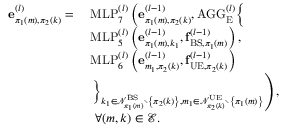
\begin{array} { r l } { \mathbf { e } _ { \pi _ { 1 } ( m ) , \pi _ { 2 } ( k ) } ^ { ( l ) } = ~ } & { \mathrm { M L P } _ { 7 } ^ { ( l ) } \left( \mathbf { e } _ { \pi _ { 1 } ( m ) , \pi _ { 2 } ( k ) } ^ { ( l - 1 ) } , \mathrm { A G G } _ { \mathrm { E } } ^ { ( l ) } \Big \{ \right. } \\ & { \mathrm { M L P } _ { 5 } ^ { ( l ) } \left( \mathbf { e } _ { \pi _ { 1 } ( m ) , k _ { 1 } } ^ { ( l - 1 ) } , \mathbf { f } _ { \mathrm { B S } , \pi _ { 1 } ( m ) } ^ { ( l - 1 ) } \right) , } \\ & { \mathrm { M L P } _ { 6 } ^ { ( l ) } \left( \mathbf { e } _ { m _ { 1 } , \pi _ { 2 } ( k ) } ^ { ( l - 1 ) } , \mathbf { f } _ { \mathrm { U E } , \pi _ { 2 } ( k ) } ^ { ( l - 1 ) } \right) } \\ & { \left. \Big \} _ { k _ { 1 } \in \mathcal { N } _ { \pi _ { 1 } ( m ) } ^ { \mathrm { B S } } \setminus \left\{ \pi _ { 2 } ( k ) \right\} , m _ { 1 } \in \mathcal { N } _ { \pi _ { 2 } ( k ) } ^ { \mathrm { U E } } \setminus \left\{ \pi _ { 1 } ( m ) \right\} } \right) , } \\ & { ~ \forall ( m , k ) \in \mathcal { E } . } \end{array}